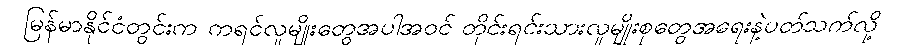
မြန်မာနိုင်ငံတွင်းက ကရင်လူမျိုးတွေအပါအဝင် တိုင်းရင်းသားလူမျိုးစုတွေအရေးနဲ့ပတ်သက်လို့